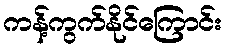
ကန့်ကွက်နိုင်ကြောင်း